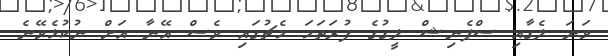
ވަނަ ލެގާއި ސްޕެނިޝް ލީގުގެ ފުރަތަމަ މެޗުގައި ވެސް އޭނާ އަށް ނުކުޅެވޭނެ